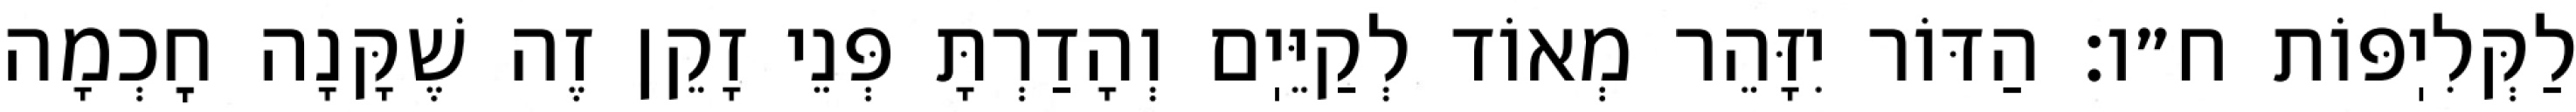
לַקְּלִיֽפּוֹת ח״ו: הַדּוֹר יִזָּהֵר מְאוֹד לְקַיֵּיֽם וְהָדַרְתָּ פְּנֵי זָקֵן זֶה שֶׁקָּנָה חׇכְמָה